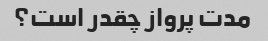
مدت پرواز چقدر است؟